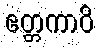
ဧတ္တကာပိ